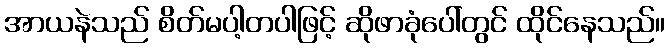
အာယနဲသည် စိတ်မပါ့တပါဖြင့် ဆိုဖာခုံပေါ်တွင် ထိုင်နေသည်။